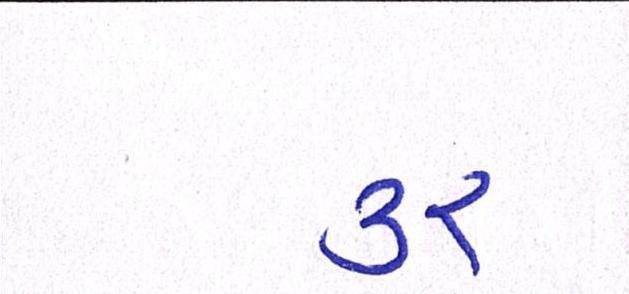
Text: ૩૨